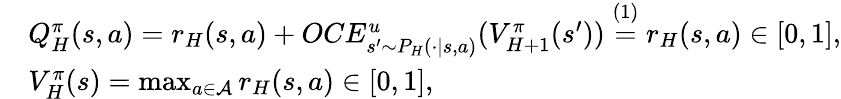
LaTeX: \begin{array}{rl}&{Q_{H}^{\pi}(s,a)=r_{H}(s,a)+OCE_{s^{\prime}\sim P_{H}(\cdot\vert s,a)}^{u}(V_{H+1}^{\pi}(s^{\prime}))\overset{(1)}{=}r_{H}(s,a)\in[0,1],}\\ &{V_{H}^{\pi}(s)=\operatorname*{max}_{a\in\mathcal{A}}r_{H}(s,a)\in[0,1],}\end{array}